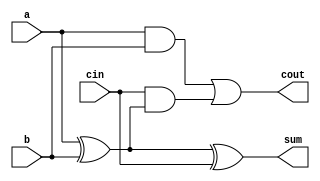
`timescale 1ns / 1ps

module full_adder_str(
    input a,
    input b,
    input cin,
    output sum,
    output cout
    );
    
    //sum = a^b^c
    //cout = (a ^ b)c | ab
    
    wire w1,w2,w3;
    xor(sum, a, b, cin);
    and(w1,a,b);
    xor(w2,a,b);
    and(w3,cin,w2);
    or(cout,w1,w3);
    
endmodule